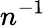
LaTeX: n^{-1}